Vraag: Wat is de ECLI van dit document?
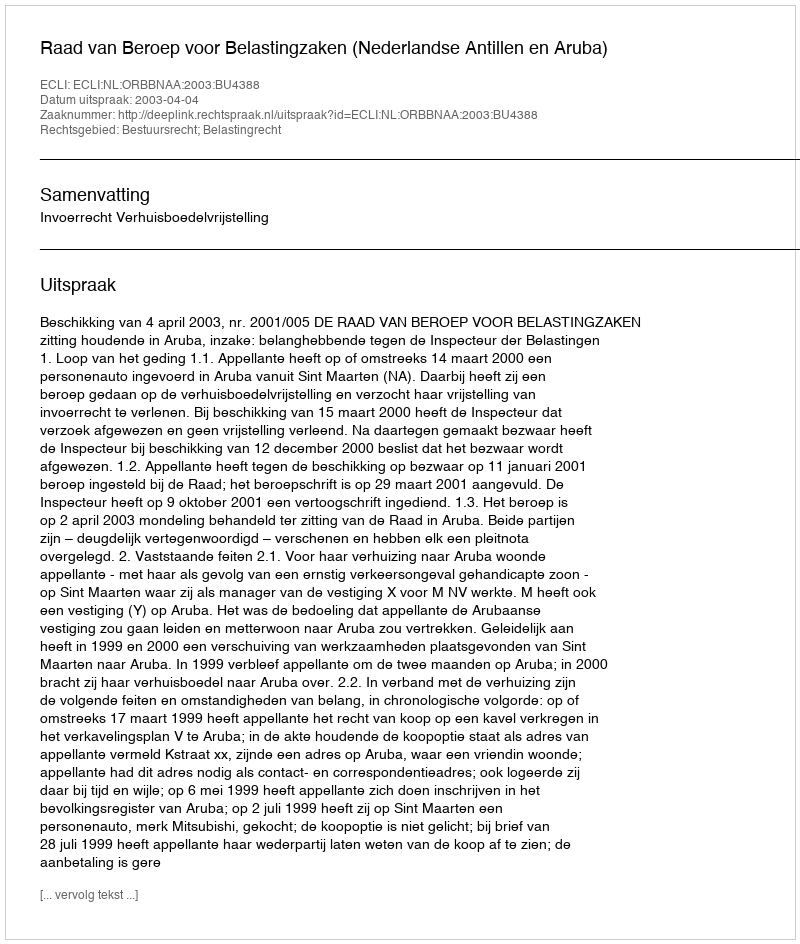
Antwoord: ECLI:NL:ORBBNAA:2003:BU4388